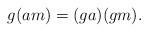
LaTeX: \begin{align*} g(am) = (ga)(gm). \end{align*}